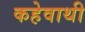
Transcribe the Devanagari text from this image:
कहेवाथी